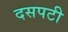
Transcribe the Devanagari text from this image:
दसपटी